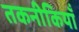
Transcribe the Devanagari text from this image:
तकनीकियाँ